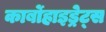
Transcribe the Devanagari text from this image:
कार्बोहाइड्रेट्‌स